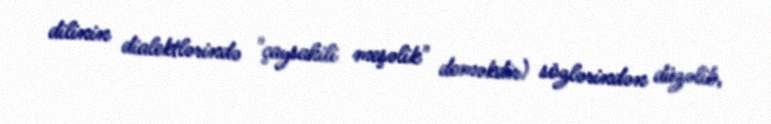
dilinin dialektlərində "çaysahili meşəlik" deməkdir) sözlərindən düzəlib,